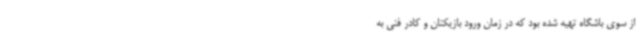
از سوی باشگاه تهیه شده بود که در زمان ورود بازیکنان و کادر فنی به